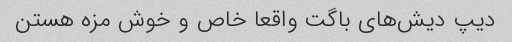
دیپ دیش‌های باگت واقعا خاص و خوش مزه هستن